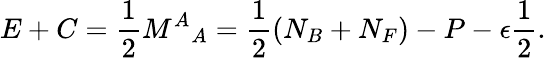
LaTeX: E+C=\frac{1}{2}{M^{A}}_{A}=\frac{1}{2}\left(N_{B}+N_{F}\right)-P-\epsilon\frac{1}{2}.